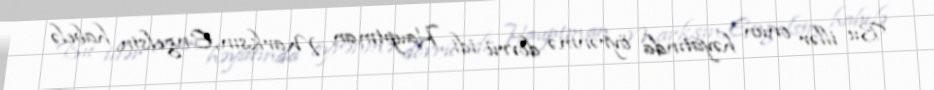
Bu illər onun həyatında öyrənmə dövrü idi. Hauptman Marksın, Engelsin, habelə